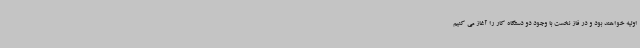
اولیه خواهند بود و در فاز نخست با وجود دو دستگاه کار را آغاز می کنیم